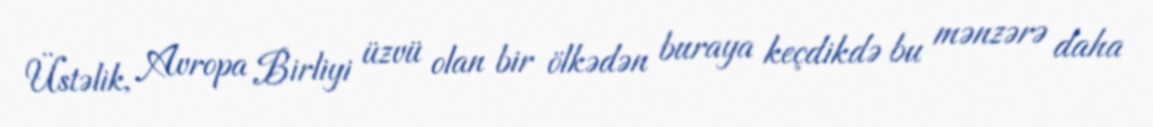
Üstəlik, Avropa Birliyi üzvü olan bir ölkədən buraya keçdikdə bu mənzərə daha